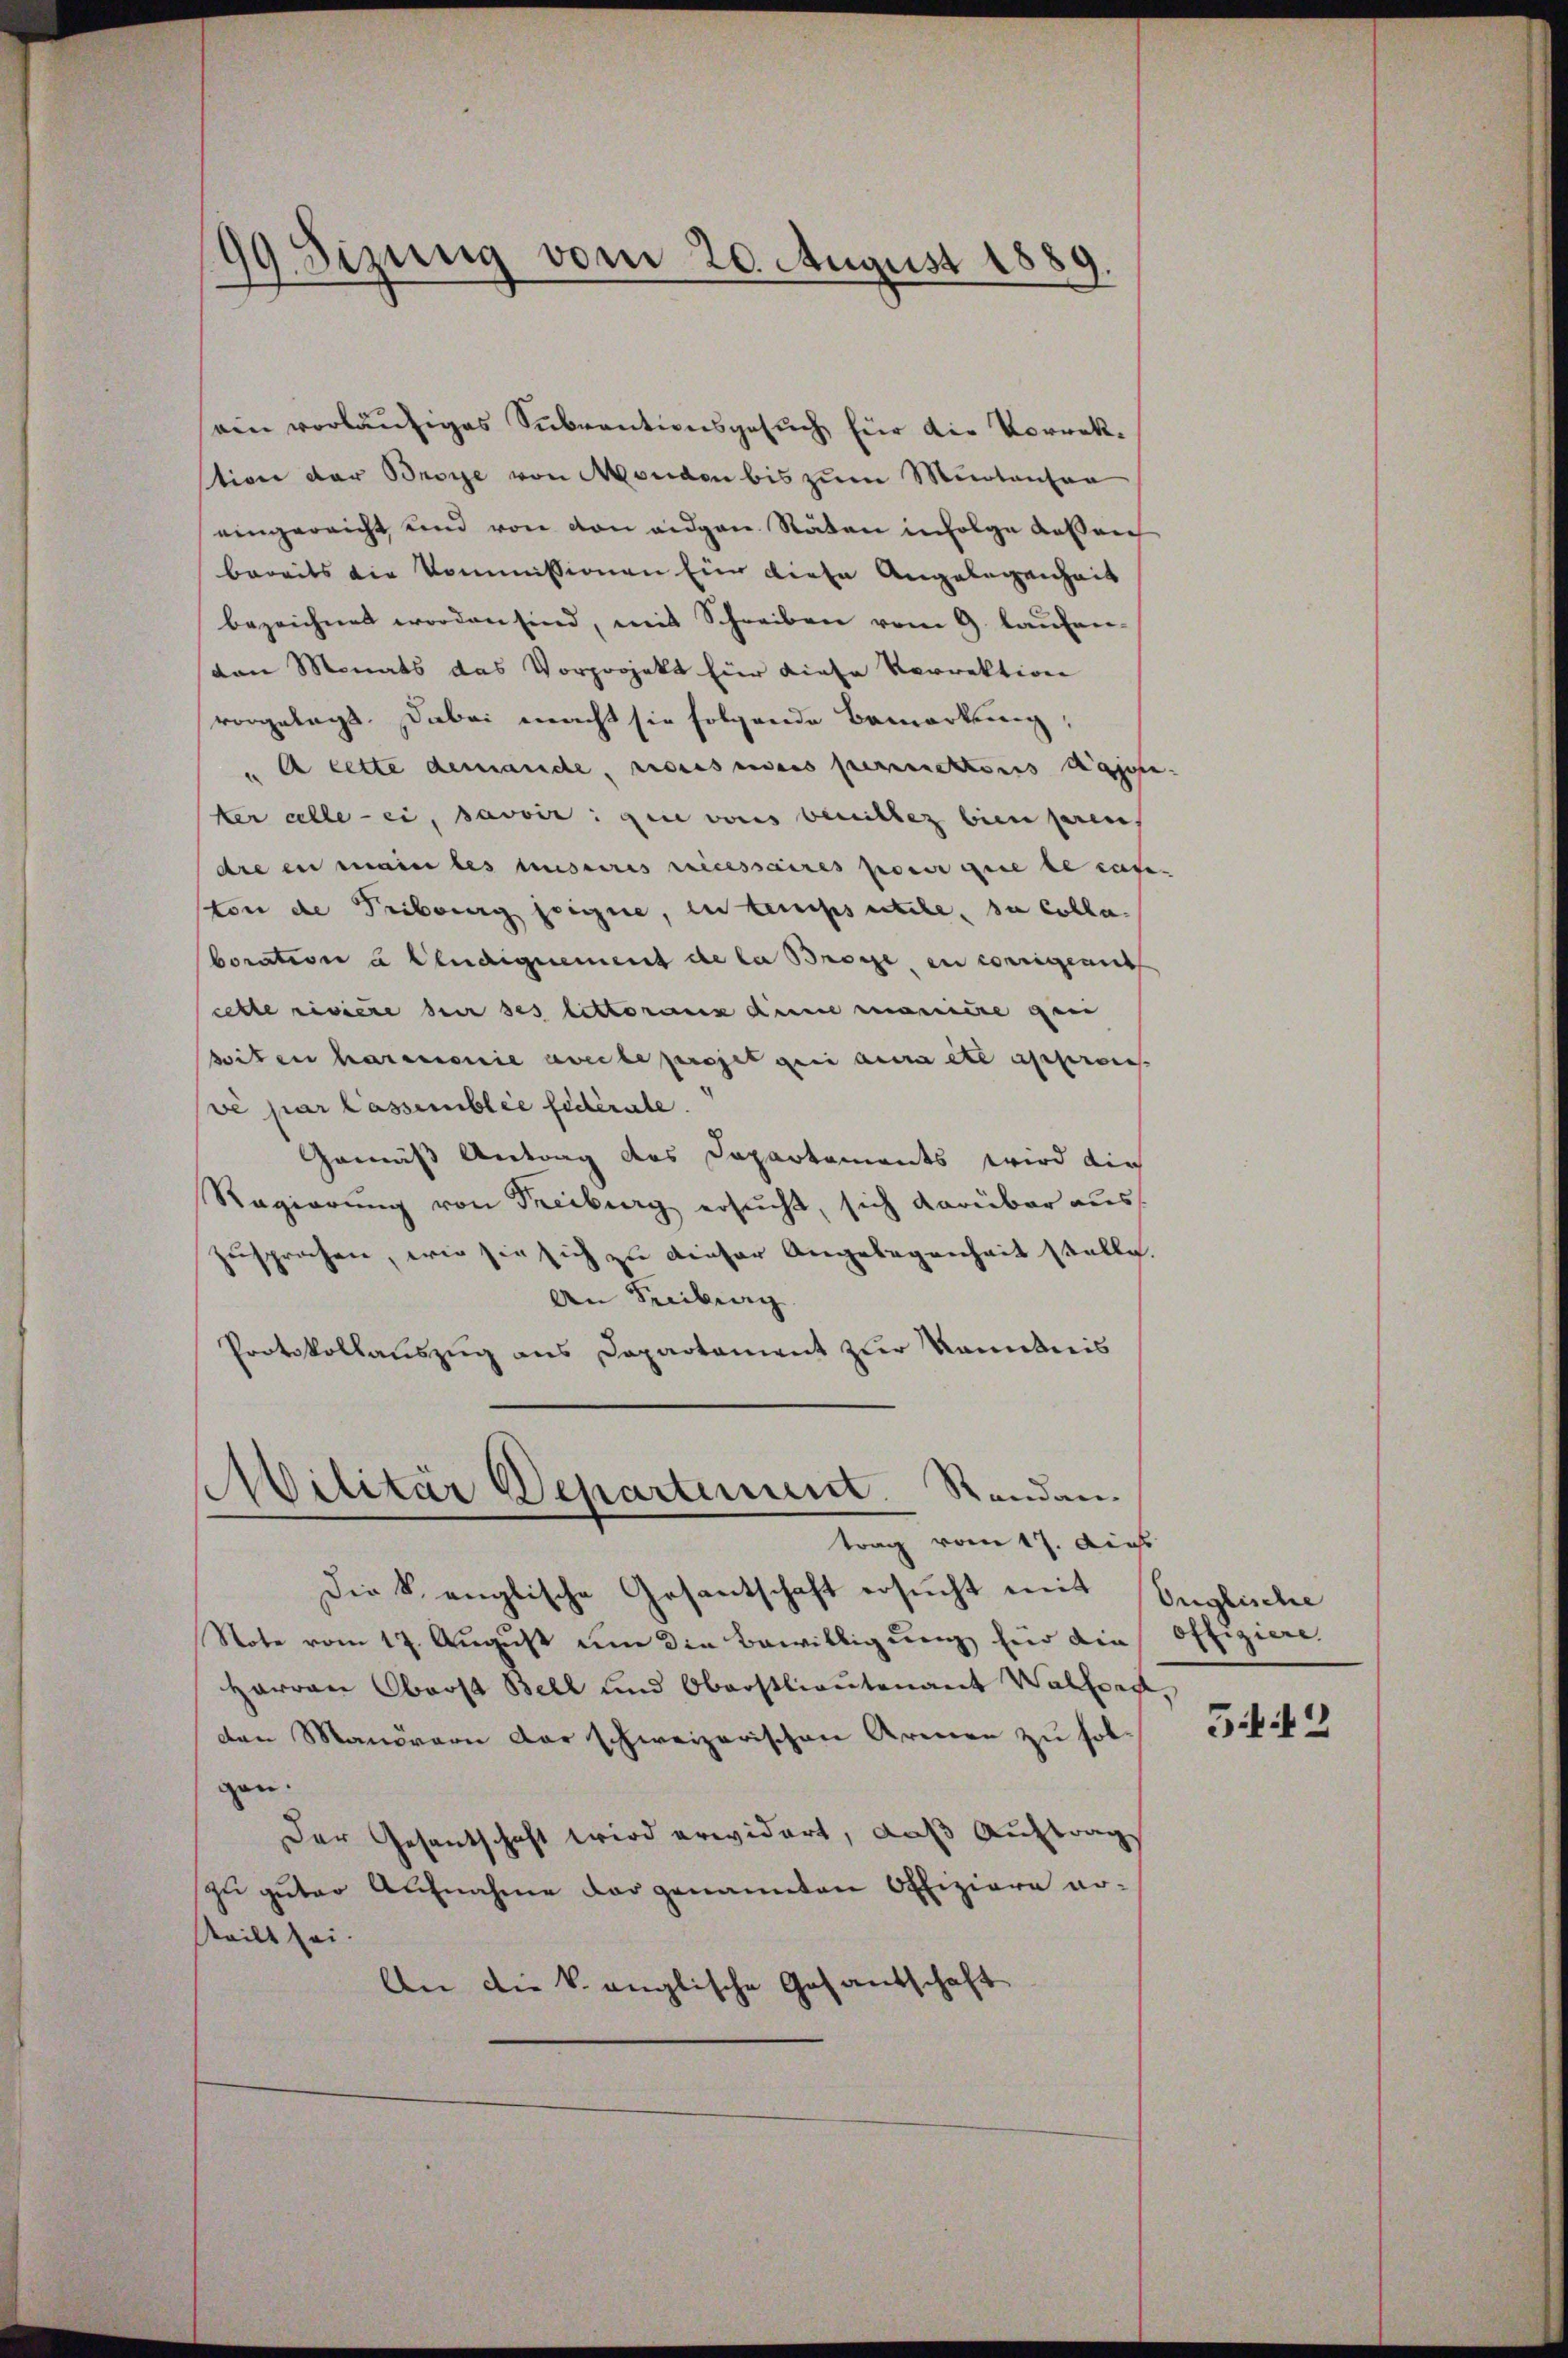
99 Sizung vom 20. August 1889.

ein vorläufiges Subventionsgesuch, für die Vorrektion der Broye von Monden bis zum Muntanter
eingereicht und von von angen Räten infolge dessen
bereits die Kommissionen Ein diese Angelegenheit
bezeichnet worden sind, mit Schreiben vom 9. laŭfen-
dan Monats das Vorprojekt für diese Vorrektion
vorgelegt. Dabei macht sie folgende Bemerkung,
u e lette demanche andersendens perinnertonis dasse
ker alle - ei, savoir: die vons bewillez bien paren,
dre in mein les musseres recessaires pouir que le case-
ston die Fribourg seigne, in tempsutche, du Colla-
boration à Cendignement de la Bröse, in corrigent
cette rivière der ses lettoranz dem maniere geei
siten harmonie avec le projet sei aura et appro
ve par Cassemblée fédérale.
Gemäß Antrag des Departements wird die
Ragierŭng von Freiburg ersŭcht, sich darüber aŭs
zusprochen, wie sie sich zu dieser Angelegenheit stelle.
An Freibung
Protokollauszug aus Departament zur Kenntnis
Militär Departement. Randan

trag vom 17. Auch
Die k. englische Gesantschaft ersucht mit
Note vom 17. August um die Bewilligung für die
Harren Oberst Bell und Oberstlieutenant Walford
den Manövern der schweizerischen Armen zu folgen.
Der Gesantschaft wird erwidert, daß Auftrags
zu guter Aufnahme der genannten Offiziere arsteilt sei.
An die k. anglische Gesantschaft

Onglische
offiziere.
542